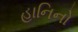
હાનિનો